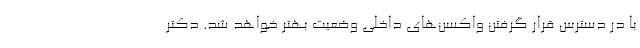
با در دسترس قرار گرفتن واکسن‌های داخلی وضعیت بهتر خواهد شد. دکتر